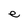
Character: e